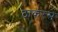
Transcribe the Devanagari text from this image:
ठाकरसे